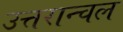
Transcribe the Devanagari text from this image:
उत्तरान्चल